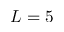
L = 5